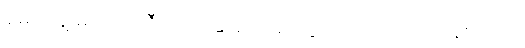
မေဂျာနဲ့ မကိုက်ညီတော့ ဆရာ/မတွေက တအားပင်ပန်းတယ်။